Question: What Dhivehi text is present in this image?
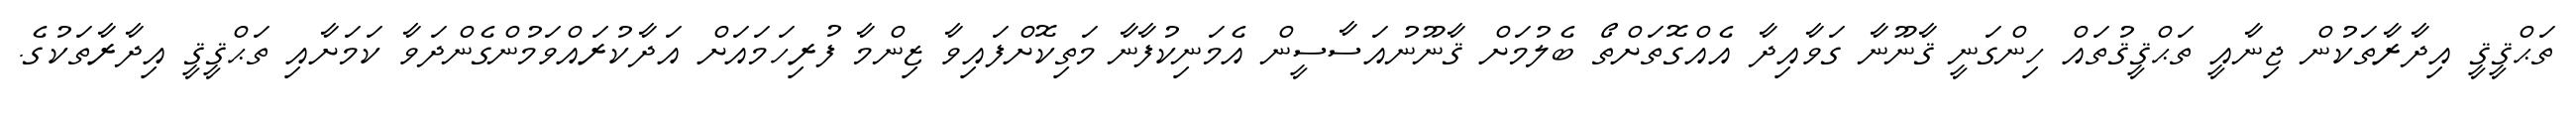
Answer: ތަޙްޤީޤީ އިދާރާތަކުން ޖިނާއީ ތަޙްޤީޤުތައް ހިންގަނީ ޤާނޫނާ ގަވާއިދާ އެއްގޮތަށްތޯ ބެލުމަށް ޤާނޫނުއަސާސީން އެމަނިކުފާނާ މަތިކޮށްފައިވާ ޒިންމާ ފުރިހަމައަށް އަދާކުރައްވަމުންގެންދަވާ ކަމަށާއި ތަޙްޤީޤީ އިދާރާތަކުގެ.